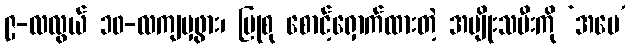
၉-လလွယ် ၁၀-လကျမှဖွား၊ ပြုစု စောင့်ရှောက်ထားတဲ့ အမျိုးသမီးကို ‘အမေ’